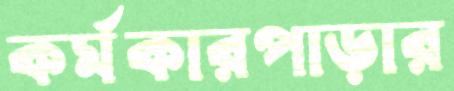
কর্মকারপাড়ার